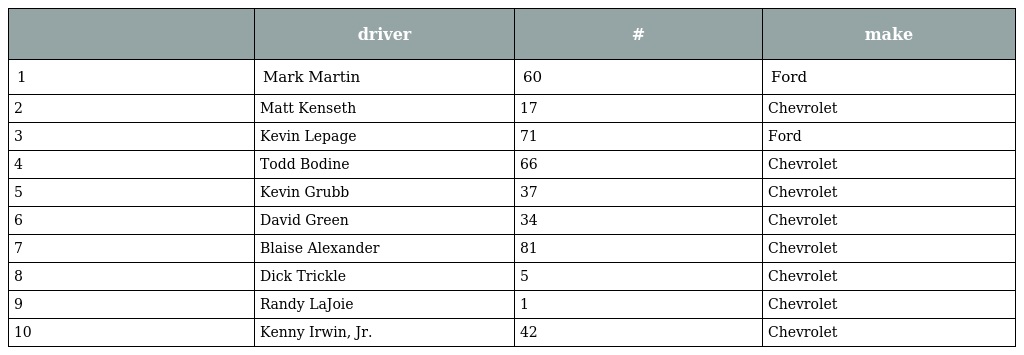
|  | driver | # | make |
 | --- | --- | --- | --- |
 | 1 | Mark Martin | 60 | Ford |
 | 2 | Matt Kenseth | 17 | Chevrolet |
 | 3 | Kevin Lepage | 71 | Ford |
 | 4 | Todd Bodine | 66 | Chevrolet |
 | 5 | Kevin Grubb | 37 | Chevrolet |
 | 6 | David Green | 34 | Chevrolet |
 | 7 | Blaise Alexander | 81 | Chevrolet |
 | 8 | Dick Trickle | 5 | Chevrolet |
 | 9 | Randy LaJoie | 1 | Chevrolet |
 | 10 | Kenny Irwin, Jr. | 42 | Chevrolet |